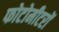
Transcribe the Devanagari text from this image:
फोटोमीटरों